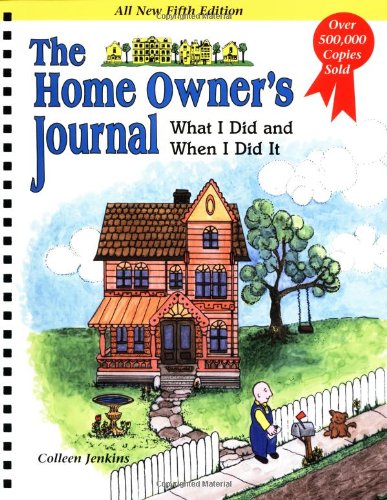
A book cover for The Home Owner's Journal, Fifth Edition; Colleen Jenkins; Crafts, Hobbies & Home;